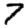
Digit: 7